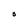
Character: O